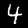
Digit: 4